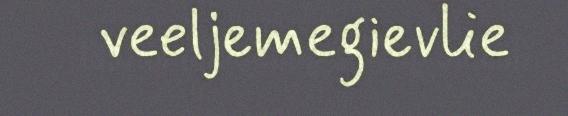
veeljemegievlie